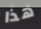
هذا